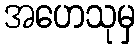
အဟေသုမှ